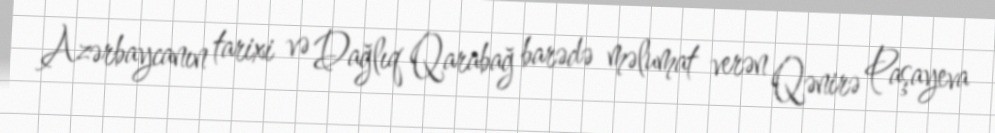
Azərbaycanın tarixi və Dağlıq Qarabağ barədə məlumat verən Qənirə Paşayeva